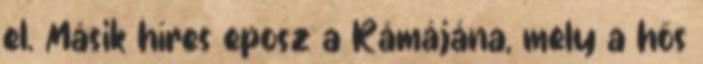
el. Másik híres eposz a Rámájána, mely a hős